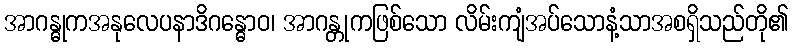
အာဂန္ဓုကအနုလေပနာဒိဂန္ဓောဝ၊ အာဂန္တုကဖြစ်သော လိမ်းကျံအပ်သောနံ့သာအစရှိသည်တို၏